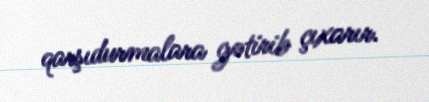
qarşıdurmalara gətirib çıxarır.